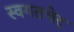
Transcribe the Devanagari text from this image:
स्वगतभेद